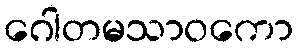
ဂေါတမသာဝကော